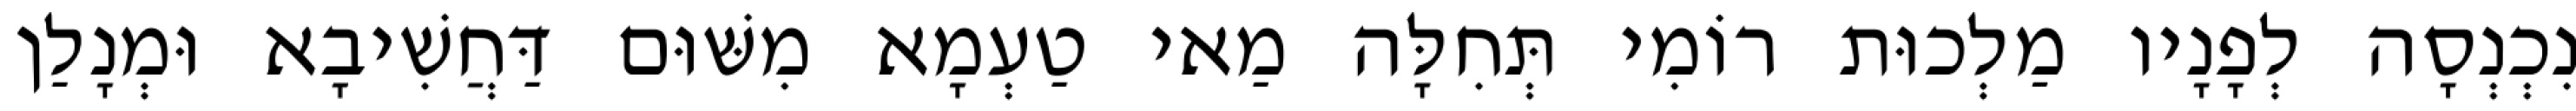
נִכְנְסָה לְפָנָיו מַלְכוּת רוֹמִי תְּחִלָּה מַאי טַעְמָא מִשּׁוּם דַּחֲשִׁיבָא וּמְנָלַן